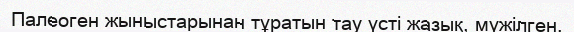
Палеоген жыныстарынан тұратын тау үсті жазық, мүжілген.